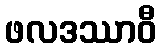
ဖလဒဿာဝီ